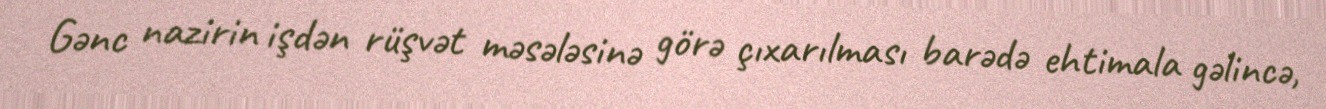
Gənc nazirin işdən rüşvət məsələsinə görə çıxarılması barədə ehtimala gəlincə,